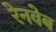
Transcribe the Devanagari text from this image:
रेनवेब